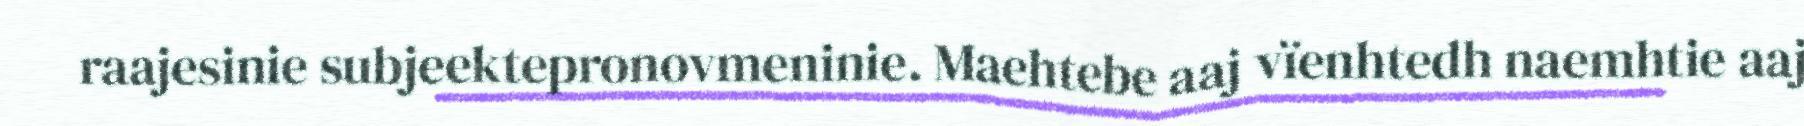
raajesinie subjeektepronovmeninie. Maehtebe aaj vïenhtedh naemhtie aaj